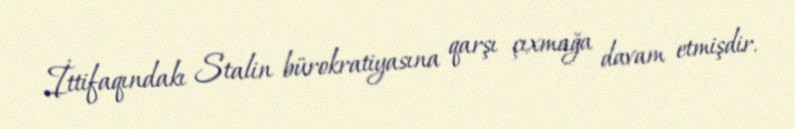
İttifaqındakı Stalin bürokratiyasına qarşı çıxmağa davam etmişdir.